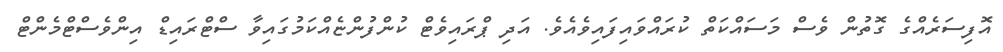
އޮފިސަރެއްގެ ގޮތުން ވެސް މަސައްކަތް ކުރައްވައިފައިވެއެވެ. އަދި ޕްރައިވެޓް ކުންފުންޏެއްކަމުގައިވާ ސްޓްރައިޑް އިންވެސްޓްމެންޓް